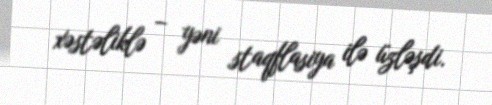
xəstəliklə – yəni staqflasiya ilə üzləşdi.